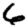
Digit: 6